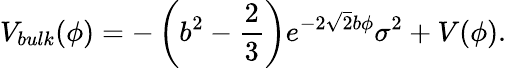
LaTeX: V_{bulk}(\phi)=-\left(b^{2}-\frac{2}{3}\right)e^{-2\sqrt{2}b\phi}\sigma^{2}+V(\phi).